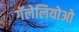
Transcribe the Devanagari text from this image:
गॅलेलियोओ